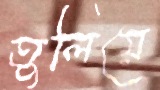
তুলিয়ে